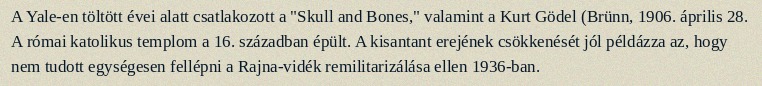
A Yale-en töltött évei alatt csatlakozott a "Skull and Bones," valamint a Kurt Gödel (Brünn, 1906. április 28. A római katolikus templom a 16. században épült. A kisantant erejének csökkenését jól példázza az, hogy nem tudott egységesen fellépni a Rajna-vidék remilitarizálása ellen 1936-ban.